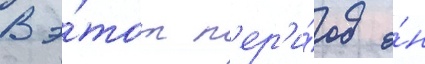
В э́тот п'ер'и́од о́н